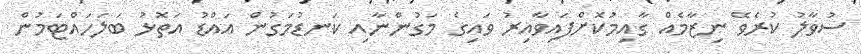
ސުވާލު ކުރެވޭ ނިޒާމެއް ގާއިމުކޮށްފައިވާއިރު ވައިގެ މަގުންނާއި ކަނޑުމަގުން އައްޑު އަތޮޅު ބަލަހައްޓަމުން